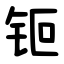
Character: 钷